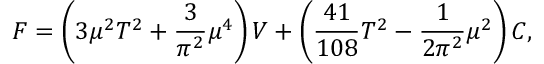
F = \left( 3 \mu ^ { 2 } T ^ { 2 } + { \frac { 3 } { \pi ^ { 2 } } } \mu ^ { 4 } \right) V + \left( { \frac { 4 1 } { 1 0 8 } } T ^ { 2 } - { \frac { 1 } { 2 \pi ^ { 2 } } } \mu ^ { 2 } \right) C ,